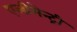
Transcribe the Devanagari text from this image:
एलीमेन्ट्री